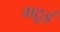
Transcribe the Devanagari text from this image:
गठूडं